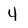
Character: 4